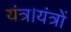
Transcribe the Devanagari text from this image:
यंत्र।यंत्रों